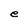
Character: e